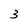
Character: 3